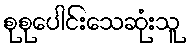
စုစုပေါင်းသေဆုံးသူ